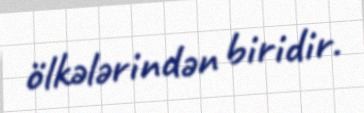
ölkələrindən biridir.